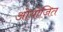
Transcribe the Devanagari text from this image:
ओयोजित